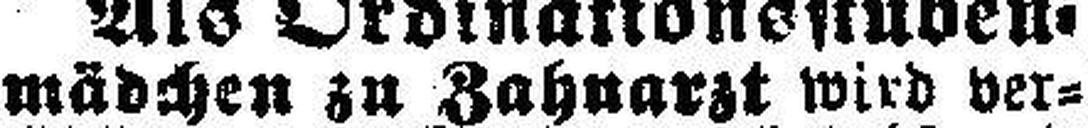
mädchen zu Zahnarzt wird ver¬